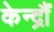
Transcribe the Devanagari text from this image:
केन्द्रौं